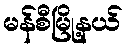
မန်စီမြို့နယ်